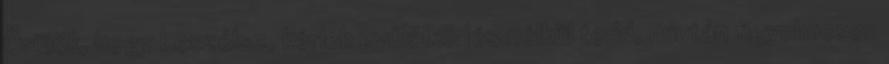
Örülök, hogy beszélsz, kérlek gyűlölködés nélkül tedd, miután figyelmesen